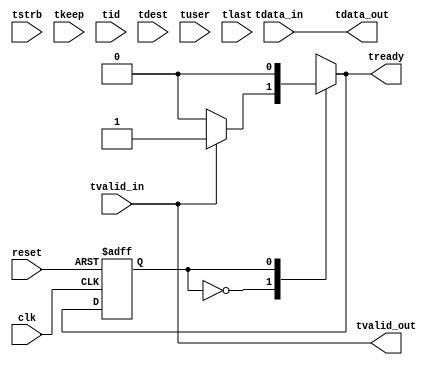
module slave_interface (
	clk,
	reset,
	tvalid_in,
	tdata_in,
	tready,
	tdata_out,
	tvalid_out,
	tstrb,
	tkeep,
	tid,
	tdest,
	tuser,
	tlast
);

parameter noc_dw = 32; //NoC Data Width
parameter byte_dw = 8;

/*****************INPUT/OUTPUT Definition********************/
input wire clk;
input wire reset;

input wire tvalid_in;
input wire [noc_dw - 1 : 0] tdata_in;

//future purposes
input wire [noc_dw/byte_dw - 1 : 0] tstrb;
input wire [noc_dw/byte_dw - 1 : 0] tkeep;
input wire [byte_dw - 1 : 0] tid;
input wire [byte_dw - 1 : 0] tdest;
input wire [byte_dw - 1 : 0] tuser; 
input wire tlast;

output reg tready;
output reg tvalid_out;
output reg [noc_dw - 1 : 0] tdata_out;

/*******************Internal Variables***********************/
localparam reset_state = 1'b0;
localparam send_ready_state = 1'b1;

reg curr_state, next_state;


/******************Sequential Logic*************************/
always @ (posedge clk, posedge reset)
begin

	if(reset == 1'b1)
		curr_state <= reset_state;
	
	else
		curr_state <= next_state;
		
end


/*****************Combinational Logic**********************/
always @ (curr_state,tvalid_in)
begin
	tdata_out = tdata_in;
	tvalid_out = tvalid_in; 
	case(curr_state) 
		reset_state: begin
			if(tvalid_in == 1'b0)begin
				next_state = reset_state;
				tready = 1'b0;
			end
			else begin
				next_state = send_ready_state; 
				tready = 1'b1;
			end
		end
	
		send_ready_state: begin
			next_state = reset_state;
			tready = 1'b0;
		end
		
		default: begin
			next_state = curr_state;
			tready = tready;
		end 
		
	endcase

end


endmodule